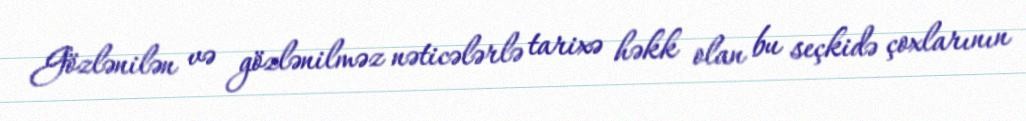
Gözlənilən və gözlənilməz nəticələrlə tarixə həkk olan bu seçkidə çoxlarının